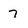
Character: 7